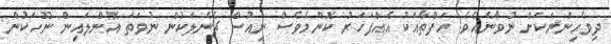
ދިވެހިންނަކަށް ނުވާނެއެވެ. ހަފްތާއަކު އެއްފަހަރު ކޮންމެވެސް ނިއުސް ޗެނެލަކުން ނުވަތަ އޮންލައިން ނޫހަކުން